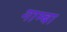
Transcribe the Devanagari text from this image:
गाम्बा